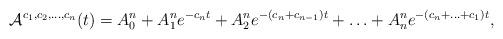
LaTeX: \begin{align*} \mathcal{A}^{c_1, c_2, \ldots, c_n}(t) &=A^n_0+A^n_1 e^{-c_nt}+A^n_2 e^{-(c_n+c_{n-1})t} +\ldots+A^n_n e^{-(c_n+\ldots+c_1)t},\end{align*}